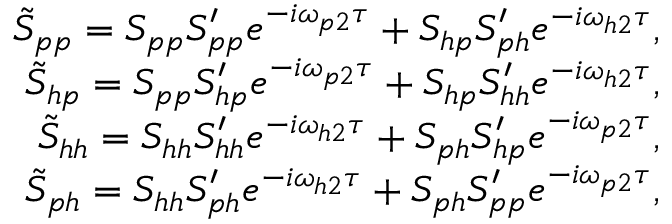
\begin{array} { r l r } & { } & { \tilde { S } _ { p p } = S _ { p p } S _ { p p } ^ { \prime } e ^ { - i \omega _ { p 2 } \tau } + S _ { h p } S _ { p h } ^ { \prime } e ^ { - i \omega _ { h 2 } \tau } , } \\ & { } & { \tilde { S } _ { h p } = S _ { p p } S _ { h p } ^ { \prime } e ^ { - i \omega _ { p 2 } \tau } + S _ { h p } S _ { h h } ^ { \prime } e ^ { - i \omega _ { h 2 } \tau } , } \\ & { } & { \tilde { S } _ { h h } = S _ { h h } S _ { h h } ^ { \prime } e ^ { - i \omega _ { h 2 } \tau } + S _ { p h } S _ { h p } ^ { \prime } e ^ { - i \omega _ { p 2 } \tau } , } \\ & { } & { \tilde { S } _ { p h } = S _ { h h } S _ { p h } ^ { \prime } e ^ { - i \omega _ { h 2 } \tau } + S _ { p h } S _ { p p } ^ { \prime } e ^ { - i \omega _ { p 2 } \tau } , } \end{array}